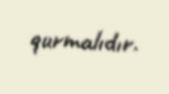
qurmalıdır.